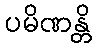
ပမိဏန္တိ